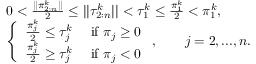
\begin{array} { r l } & { 0 < \frac { | | \pi _ { 2 : n } ^ { k } | | } { 2 } \leq | | \tau _ { 2 : n } ^ { k } | | < \tau _ { 1 } ^ { k } \leq \frac { \pi _ { 1 } ^ { k } } { 2 } < \pi _ { 1 } ^ { k } , } \\ & { \left\{ \begin{array} { l l } { \frac { \pi _ { j } ^ { k } } { 2 } \leq \tau _ { j } ^ { k } } & { \mathrm { ~ i f ~ } \pi _ { j } \geq 0 } \\ { \frac { \pi _ { j } ^ { k } } { 2 } \geq \tau _ { j } ^ { k } } & { \mathrm { ~ i f ~ } \pi _ { j } < 0 } \end{array} \right. , \qquad j = 2 , . . . , n . } \end{array}